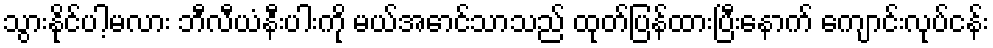
သွားနိုင်ပါ့မလား ဘီလီယံနီးပါးကို မယ်အောင်သာသည် ထုတ်ပြန်ထားပြီးနောက် ကျောင်းလုပ်ငန်း